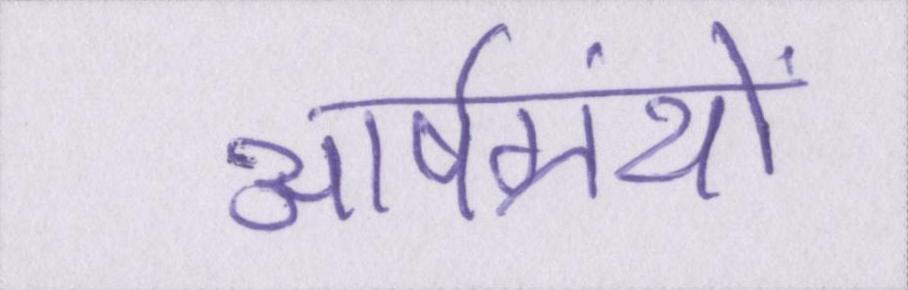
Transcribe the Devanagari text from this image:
आर्षग्रंथों